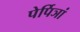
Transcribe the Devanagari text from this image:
पेर्पिञां